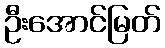
ဦးအောင်မြတ်